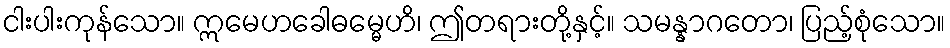
ငါးပါးကုန်သော။ ဣမေဟခေါဓမ္မေဟိ၊ ဤတရားတို့နှင့်။ သမန္နာဂတော၊ ပြည့်စုံသော။